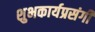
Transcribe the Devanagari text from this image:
शुभकार्यप्रसंगी